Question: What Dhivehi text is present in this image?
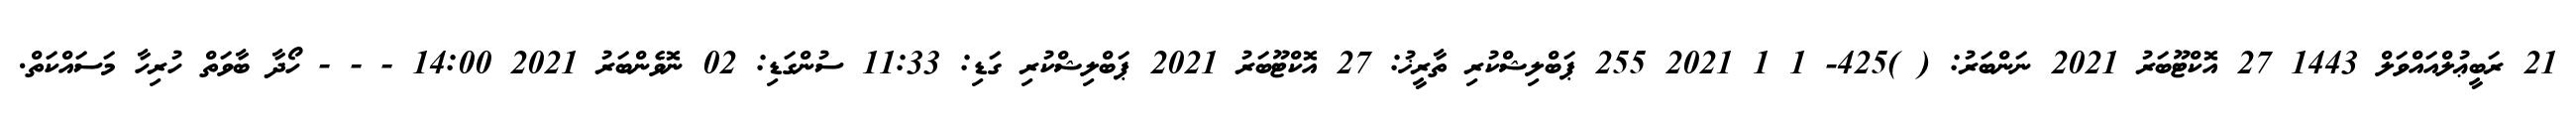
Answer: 21 ރަބީޢުލްއައްވަލް 1443 27 އޮކްޓޫބަރު 2021 ނަންބަރު: ( )425- 1 1 2021 255 ޕަބްލިޝްކުރި ތާރީޚު: 27 އޮކްޓޫބަރު 2021 ޕަބްލިޝްކުރި ގަޑި: 11:33 ސުންގަޑި: 02 ނޮވެންބަރު 2021 14:00 - - - ހޯދާ ބާވަތް ހުރިހާ މަސައްކަތް.